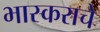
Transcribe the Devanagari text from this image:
भास्कराचे